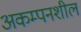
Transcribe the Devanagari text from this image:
अकम्पनशील